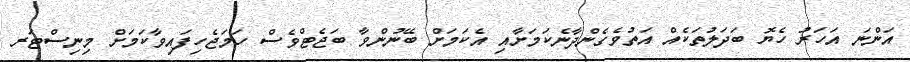
އަންނަ އަހަރު ހެޔޮ ބަދަލުތަކެއް އަތުވެގެންދާނެކަމަށާއި އެކަމަށް ބޭނުންވާ ބަޖެޓްވެސް ހަމަޖެހިފައިވާކަމަށް މިނިސްޓަރ